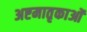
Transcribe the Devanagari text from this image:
अष्टमातृकाओं